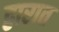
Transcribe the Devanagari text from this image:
द्वारात